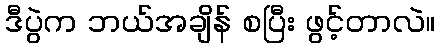
ဒီပွဲက ဘယ်အချိန် စပြီး ဖွင့်တာလဲ။